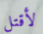
لأقتل